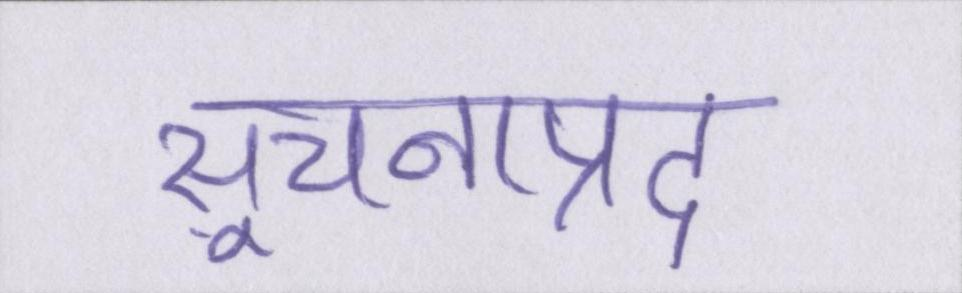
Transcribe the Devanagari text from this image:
सूचनाप्रद